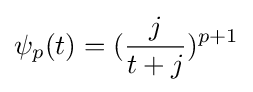
\psi _{p}(t)=({\frac {j}{t+j}})^{p+1}